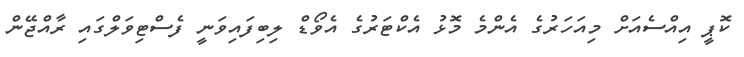
ކޮޕީ އިއްސެއަށް މިއަހަރުގެ އެންމެ މޮޅު އެކްޓަރުގެ އެވޯޑް ލިބިފައިވަނީ ފެސްޓިވަލްގައި ރާއްޖޭން